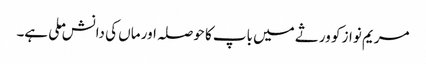
مریم نواز کو ورثے میں باپ کا حوصلہ اور ماں کی دانش ملی ہے۔